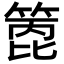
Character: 𥰑